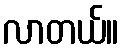
လာတယ်။